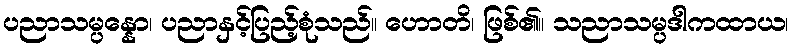
ပညာသမ္ပန္နော၊ ပညာနှင့်ပြည့်စုံသည်။ ဟောတိ၊ ဖြစ်၏။ သညာသမ္ပဒါကထာယ၊